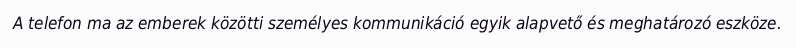
A telefon ma az emberek közötti személyes kommunikáció egyik alapvető és meghatározó eszköze.